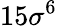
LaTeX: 15\sigma^{6}